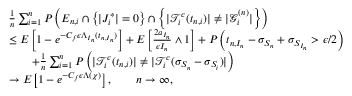
\begin{array} { r l } & { \frac { 1 } { n } \sum _ { i = 1 } ^ { n } P \left( E _ { n , i } \cap \left\{ | J _ { i } ^ { * } | = 0 \right\} \cap \left\{ | \mathcal { T } _ { i } ^ { c } ( t _ { n , i } ) | \neq | \mathcal { G } _ { i } ^ { ( n ) } | \right\} \right) } \\ & { \leq E \left[ 1 - e ^ { - C _ { f } \epsilon \Lambda _ { I _ { n } } ( t _ { n , I _ { n } } ) } \right] + E \left[ \frac { 2 a _ { I _ { n } } } { \epsilon I _ { n } } \wedge 1 \right] + P \left( t _ { n , I _ { n } } - \sigma _ { S _ { n } } + \sigma _ { S _ { I _ { n } } } > \epsilon / 2 \right) } \\ & { \qquad + \frac { 1 } { n } \sum _ { i = 1 } ^ { n } P \left( | \mathcal { T } _ { i } ^ { c } ( t _ { n , i } ) | \neq | \mathcal { T } _ { i } ^ { c } ( \sigma _ { S _ { n } } - \sigma _ { S _ { i } } ) | \right) } \\ & { \to E \left[ 1 - e ^ { - C _ { f } \epsilon \Lambda ( \chi ) } \right] , \qquad n \to \infty , } \end{array}